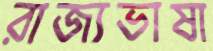
রাজ্যভাষা